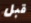
قبل